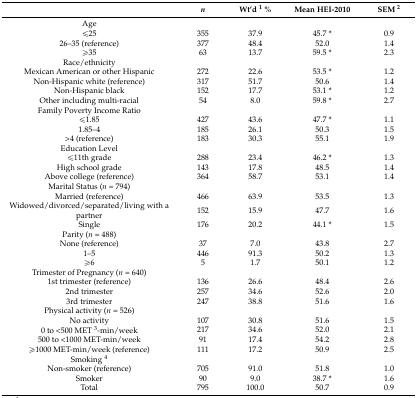
<table><thead><tr><td></td><td><b><i>n</i></b></td><td><b>Wt’d <sup>1</sup> %</b></td><td><b>Mean HEI-2010</b></td><td><b>SEM <sup>2</sup></b></td></tr></thead><tbody><tr><td>Age</td><td></td><td></td><td></td><td></td></tr><tr><td>≤25</td><td>355</td><td>37.9</td><td>45.7 *</td><td>0.9</td></tr><tr><td>26–35 (reference)</td><td>377</td><td>48.4</td><td>52.0</td><td>1.4</td></tr><tr><td>≥35</td><td>63</td><td>13.7</td><td>59.5 *</td><td>2.3</td></tr><tr><td>Race/ethnicity</td><td></td><td></td><td></td><td></td></tr><tr><td>Mexican American or other Hispanic</td><td>272</td><td>22.6</td><td>53.5 *</td><td>1.2</td></tr><tr><td>Non-Hispanic white (reference)</td><td>317</td><td>51.7</td><td>50.6</td><td>1.4</td></tr><tr><td>Non-Hispanic black</td><td>152</td><td>17.7</td><td>53.1 *</td><td>1.2</td></tr><tr><td>Other including multi-racial</td><td>54</td><td>8.0</td><td>59.8 *</td><td>2.7</td></tr><tr><td>Family Poverty Income Ratio</td><td></td><td></td><td></td><td></td></tr><tr><td>≤1.85</td><td>427</td><td>43.6</td><td>47.7 *</td><td>1.1</td></tr><tr><td>1.85–4</td><td>185</td><td>26.1</td><td>50.3</td><td>1.5</td></tr><tr><td>&gt;4 (reference)</td><td>183</td><td>30.3</td><td>55.1</td><td>1.9</td></tr><tr><td>Education Level</td><td></td><td></td><td></td><td></td></tr><tr><td>≤11th grade</td><td>288</td><td>23.4</td><td>46.2 *</td><td>1.3</td></tr><tr><td>High school grade</td><td>143</td><td>17.8</td><td>48.5</td><td>1.4</td></tr><tr><td>Above college (reference)</td><td>364</td><td>58.7</td><td>53.1</td><td>1.4</td></tr><tr><td>Marital Status (<i>n</i> = 794)</td><td></td><td></td><td></td><td></td></tr><tr><td>Married (reference)</td><td>466</td><td>63.9</td><td>53.5</td><td>1.3</td></tr><tr><td>Widowed/divorced/separated/living with a partner</td><td>152</td><td>15.9</td><td>47.7</td><td>1.6</td></tr><tr><td>Single</td><td>176</td><td>20.2</td><td>44.1 *</td><td>1.5</td></tr><tr><td>Parity (<i>n</i> = 488)</td><td></td><td></td><td></td><td></td></tr><tr><td>None (reference)</td><td>37</td><td>7.0</td><td>43.8</td><td>2.7</td></tr><tr><td>1–5</td><td>446</td><td>91.3</td><td>50.2</td><td>1.3</td></tr><tr><td>≥6</td><td>5</td><td>1.7</td><td>50.1</td><td>1.2</td></tr><tr><td>Trimester of Pregnancy (<i>n</i> = 640)</td><td></td><td></td><td></td><td></td></tr><tr><td>1st trimester (reference)</td><td>136</td><td>26.6</td><td>48.4</td><td>2.6</td></tr><tr><td>2nd trimester</td><td>257</td><td>34.6</td><td>52.6</td><td>2.0</td></tr><tr><td>3rd trimester</td><td>247</td><td>38.8</td><td>51.6</td><td>1.6</td></tr><tr><td>Physical activity (<i>n</i> = 526)</td><td></td><td></td><td></td><td></td></tr><tr><td>No activity</td><td>107</td><td>30.8</td><td>51.6</td><td>1.5</td></tr><tr><td>0 to &lt;500 MET <sup>3</sup>-min/week</td><td>217</td><td>34.6</td><td>52.0</td><td>2.1</td></tr><tr><td>500 to &lt;1000 MET-min/week</td><td>91</td><td>17.4</td><td>54.2</td><td>2.8</td></tr><tr><td>≥1000 MET-min/week (reference)</td><td>111</td><td>17.2</td><td>50.9</td><td>2.5</td></tr><tr><td>Smoking <sup>4</sup></td><td></td><td></td><td></td><td></td></tr><tr><td>Non-smoker (reference)</td><td>705</td><td>91.0</td><td>51.8</td><td>1.0</td></tr><tr><td>Smoker</td><td>90</td><td>9.0</td><td>38.7 *</td><td>1.6</td></tr><tr><td>Total</td><td>795</td><td>100.0</td><td>50.7</td><td>0.9</td></tr></tbody></table>